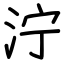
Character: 泞